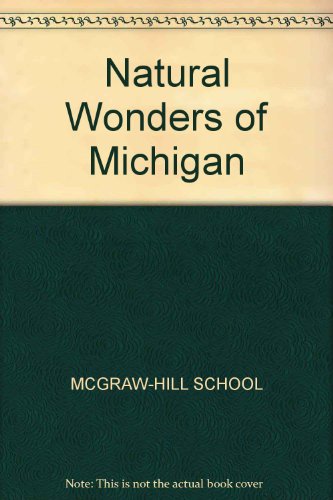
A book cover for Natural Wonders of Michigan: A Guide to Parks, Preserves & Wild Places; Tom Carney; Travel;